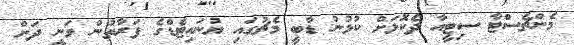
މެންޗެސްޓާ ސިޓީއާ ދެކޮޅަށް ކުޅުނު ޑާބީ މެޗުގައި ޔުނައިޓެޑްގެ ފަރާތުން ވަނީ ދަށް